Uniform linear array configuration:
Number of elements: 32
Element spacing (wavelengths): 0.75
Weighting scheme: kaiser
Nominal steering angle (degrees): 15
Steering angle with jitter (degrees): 13.793
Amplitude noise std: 0.05
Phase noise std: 0.05

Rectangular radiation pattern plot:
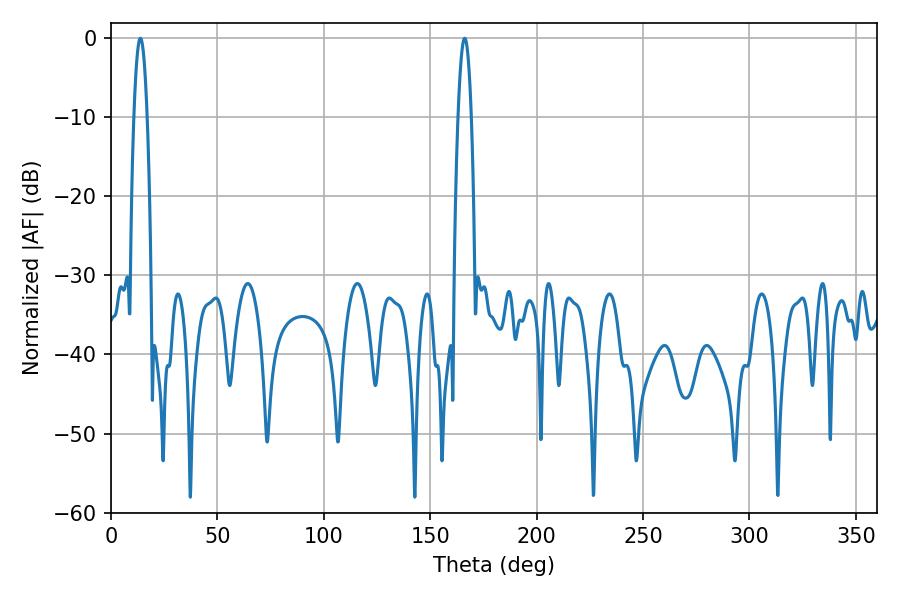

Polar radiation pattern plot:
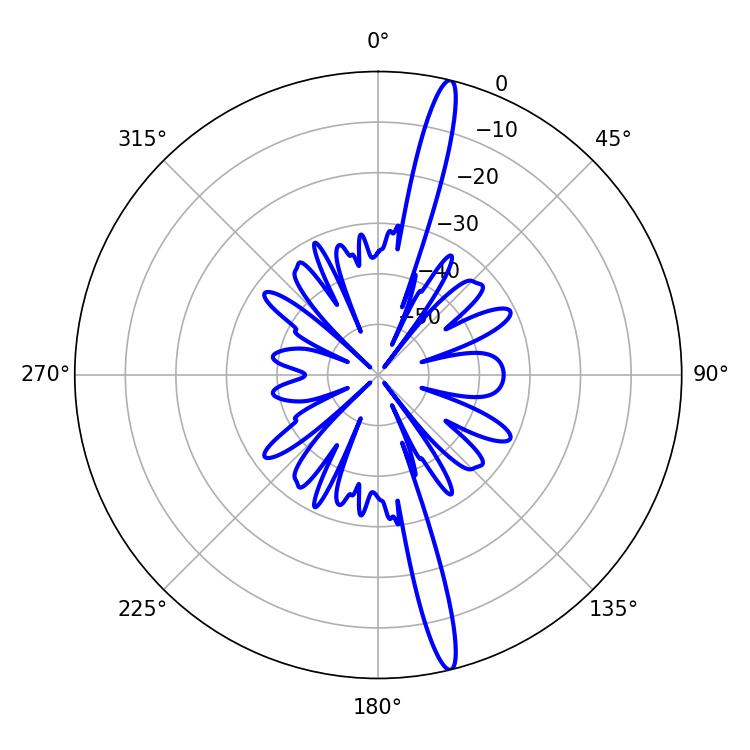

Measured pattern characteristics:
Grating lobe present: TRUE
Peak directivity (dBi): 18.058
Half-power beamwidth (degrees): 3.42
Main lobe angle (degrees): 166.14